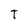
Character: T